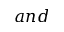
a n d